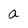
Character: a